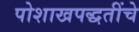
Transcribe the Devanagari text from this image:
पोशाखपद्धतींचे